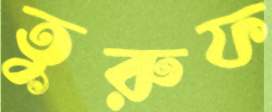
তুরুফ